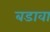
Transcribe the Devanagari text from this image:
बडावा